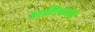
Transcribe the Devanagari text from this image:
आदिकाष्ठ